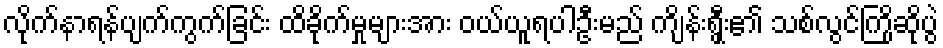
လိုက်နာရန်ပျက်ကွက်ခြင်း ထိခိုက်မှုများအား ဝယ်ယူရပါဦးမည် ကျိန်းရွှီး၏ သစ်လွင်ကြိုဆိုပွဲ